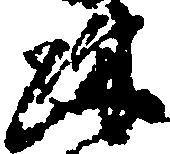
疎